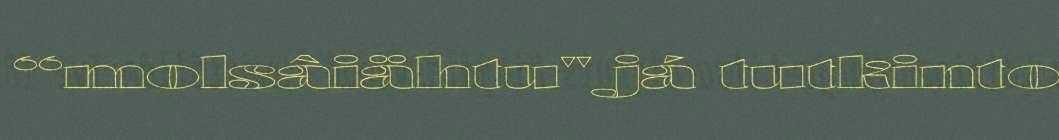
“molsâiähtu" já tutkinto